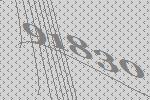
91830